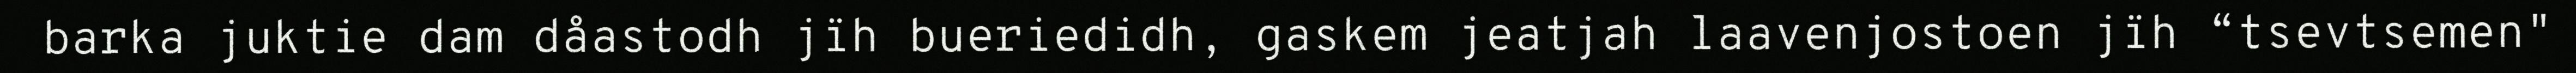
barka juktie dam dåastodh jïh bueriedidh, gaskem jeatjah laavenjostoen jïh “tsevtsemen"